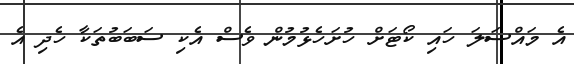
އެ މައްސަލަ ހައި ކޯޓަށް ހުށަހެޅުމުން ވެސް އެކި ސަބަބުތަކާ ހެދި އެ